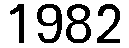
1982